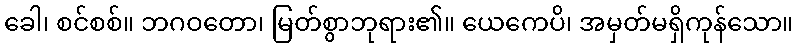
ခေါ၊ စင်စစ်။ ဘဂဝတော၊ မြတ်စွာဘုရား၏။ ယေကေပိ၊ အမှတ်မရှိကုန်သော။